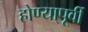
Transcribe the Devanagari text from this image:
होण्या्पूर्वी